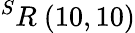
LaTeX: ^{S}R\ (10,10)